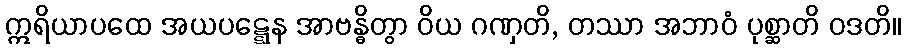
ဣရိယာပထေ အယပဋ္ဋေန အာဗန္ဓိတွာ ဝိယ ဂဏှတိ, တဿာ အဘာဝံ ပုစ္ဆာတိ ဝဒတိ။